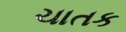
ચાતક